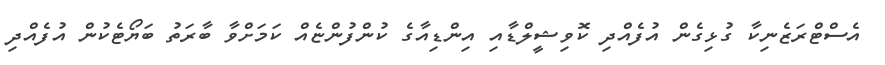
އެސްޓްރަޒެނިކާ ގުޅިގެން އުފެއްދި ކޮވިޝީލްޑާއި އިންޑިއާގެ ކުންފުންޏެއް ކަމަށްވާ ބާރަތު ބަޔޯޓެކުން އުފެއްދި